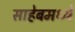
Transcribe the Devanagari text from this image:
साहेबमध्ये